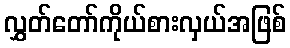
လွှတ်တော်ကိုယ်စားလှယ်အဖြစ်